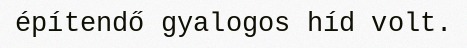
építendő gyalogos híd volt.